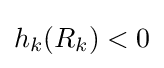
h_{k}(R_{k})<0